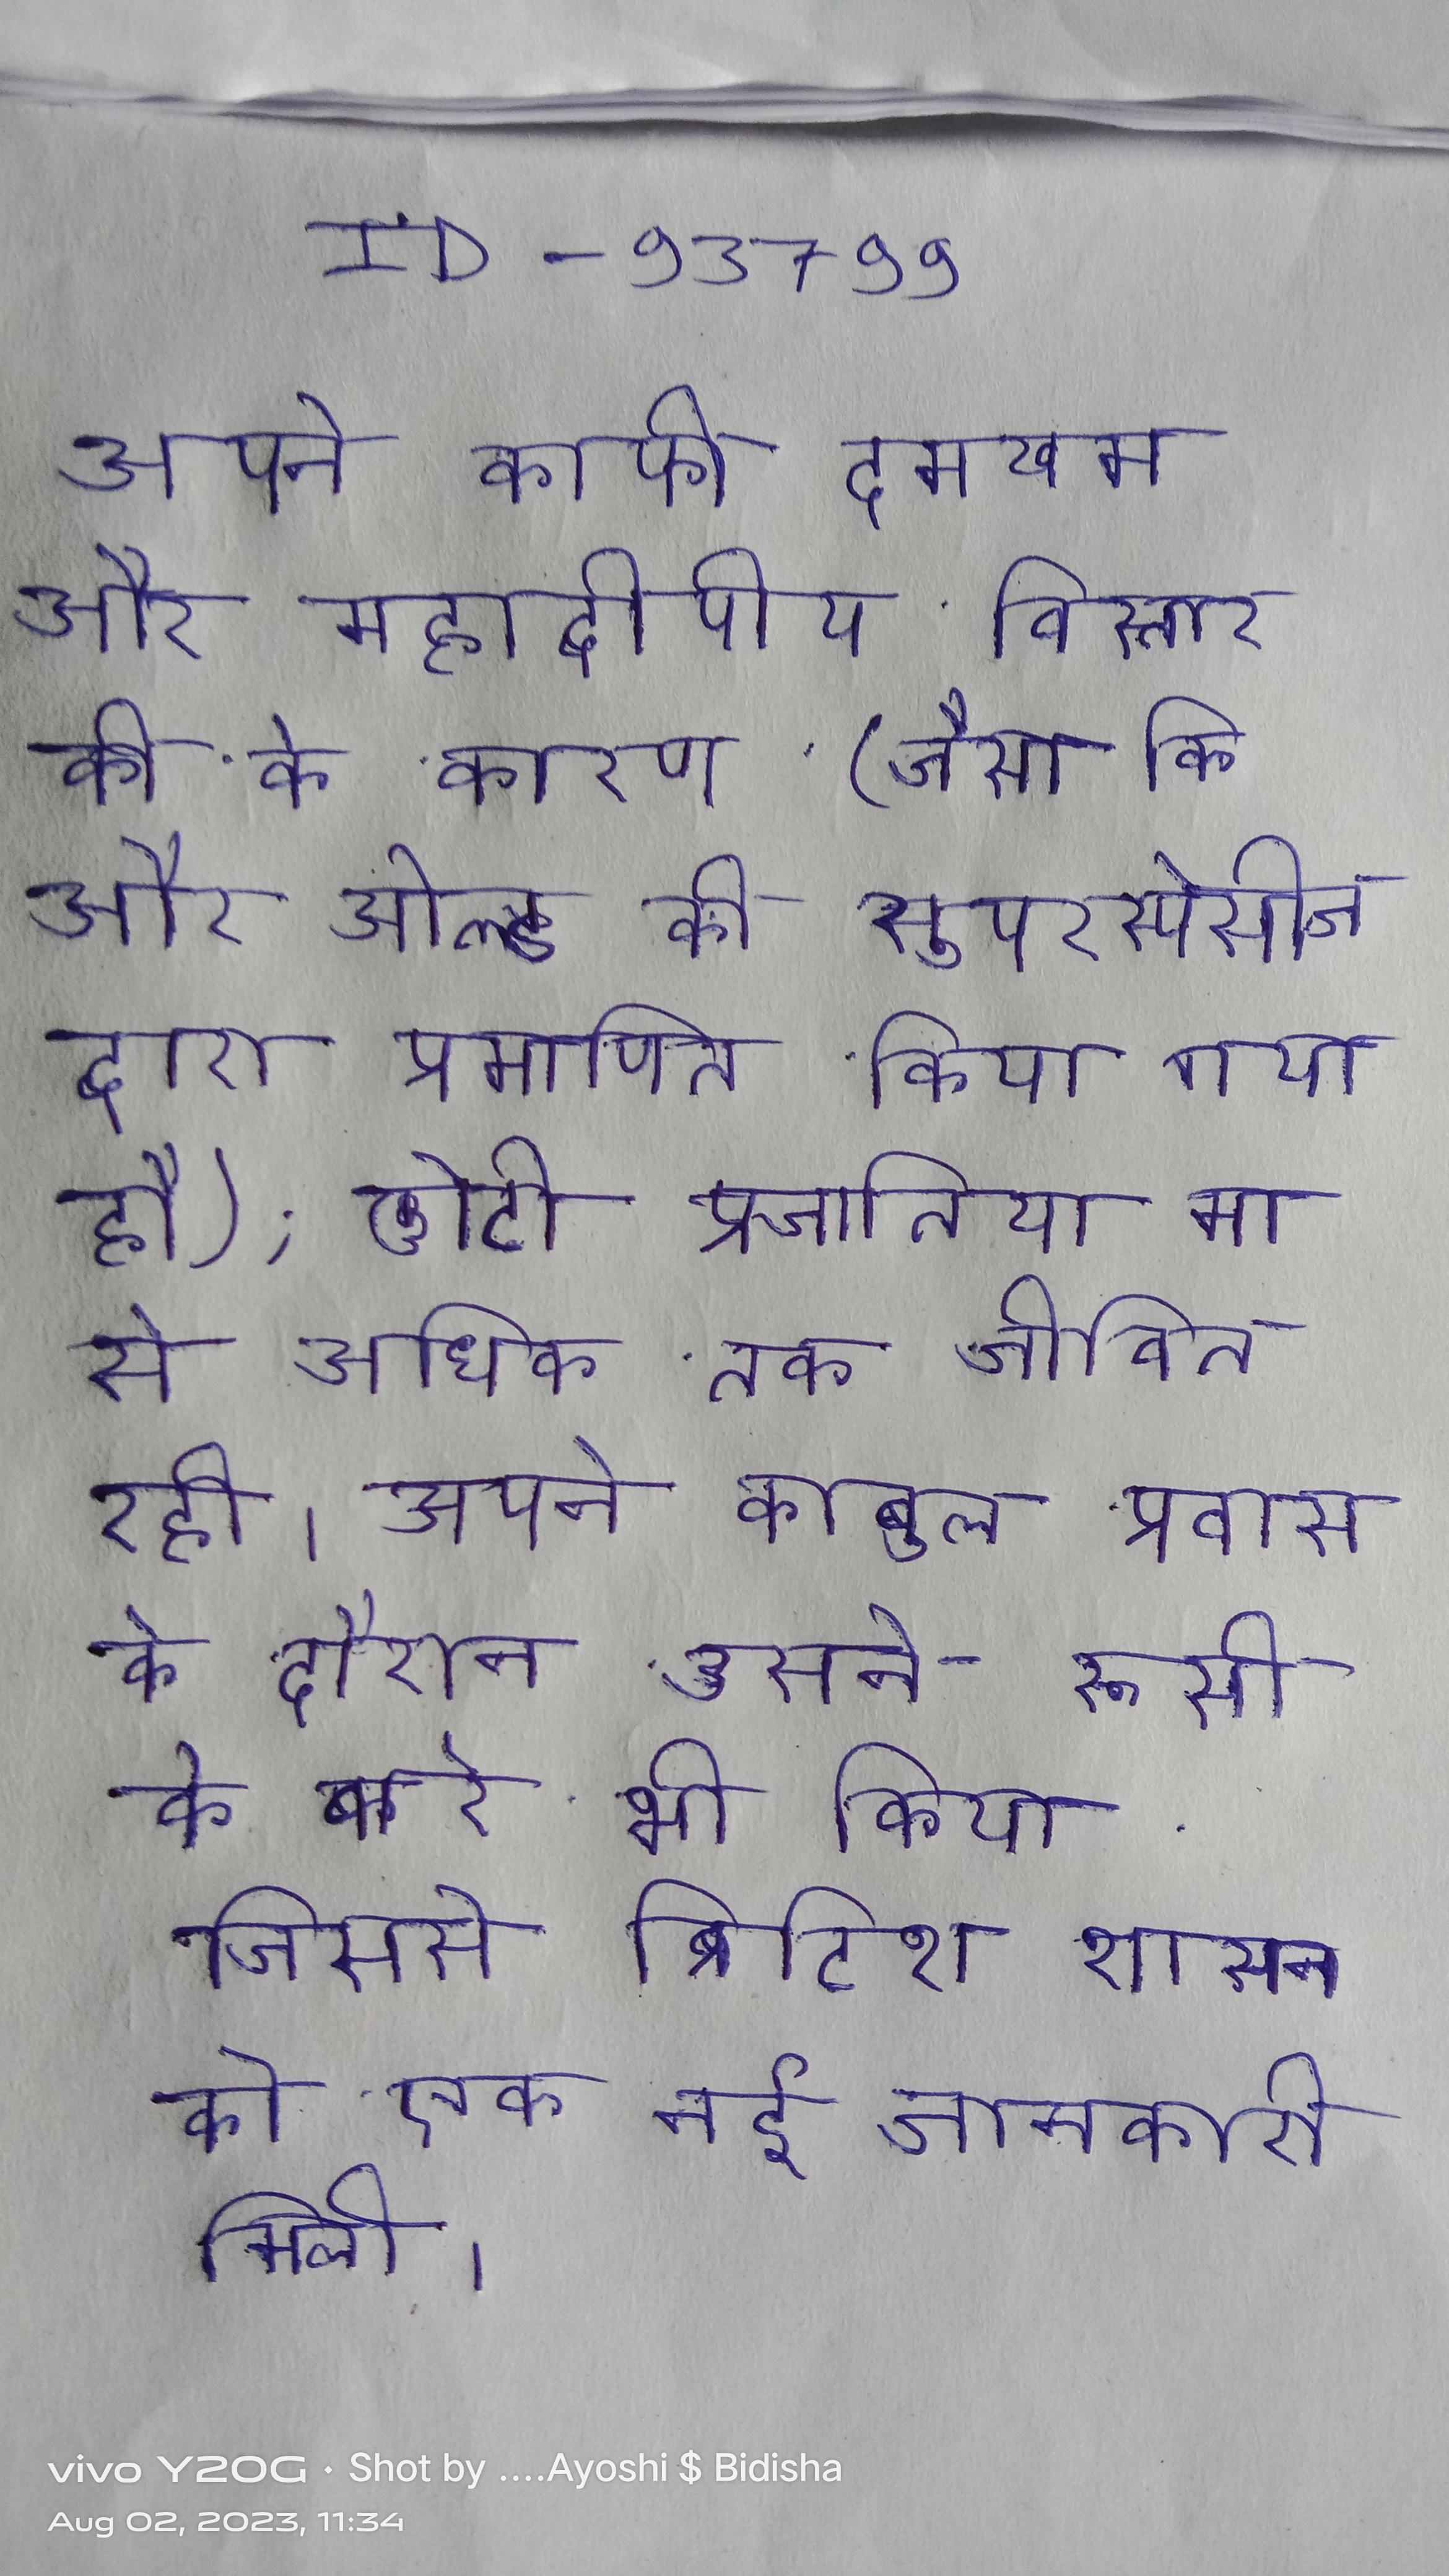
अपने काफी दमखम और महाद्वीपीय विस्तार की के कारण (जैसा कि और ओल्ड वर्ल्ड की सुपरस्पेसीज द्वारा प्रमाणित किया गया है), छोटी प्रजातिया मा से अधिक तक जीवित रही । अपने काबुल प्रवास के दौरान उसने रूसी के बारे भी किया जिससे ब्रिटिश शासन को एक नई जानकारी मिली ।